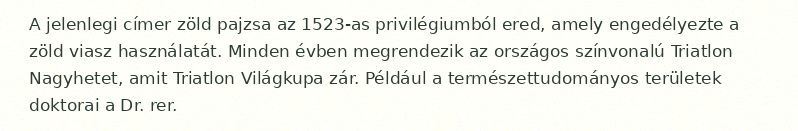
A jelenlegi címer zöld pajzsa az 1523-as privilégiumból ered, amely engedélyezte a zöld viasz használatát. Minden évben megrendezik az országos színvonalú Triatlon Nagyhetet, amit Triatlon Világkupa zár. Például a természettudományos területek doktorai a Dr. rer.